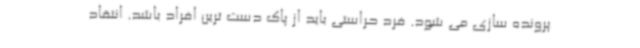
پرونده سازی می شود. فرد حراستی باید از پاک دست ترین افراد باشد. انتقاد